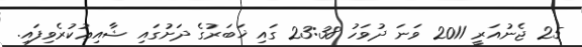
25 ޖެނުއަރީ 2011 ވަނަ ދުވަހު 23:38 ގައި ޚަބަރުގެ ދަށުގައި ޝާއިޢުކުރެވިފައި.